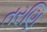
તરણિ